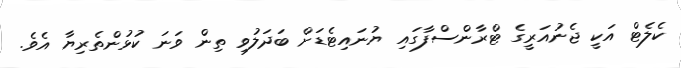
ކެލެޓް އަކީ ޖެނުއަރީގެ ޓްރާންސްފާގައި ޔުނައިޓެޑަށް ބަދަލުވި ތިން ވަނަ ކުޅުންތެރިޔާ އެވެ.